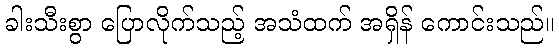
ခါးသီးစွာ ပြောလိုက်သည့် အသံထက် အရှိန် ကောင်းသည်။